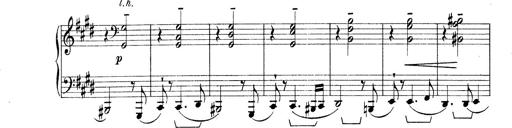
Title: Rapsodie: 19 ungheresi, 1 spagnuola
Composer: Franz Liszt